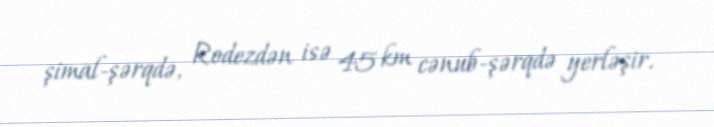
şimal-şərqdə, Rodezdən isə 45 km cənub-şərqdə yerləşir.